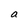
Character: a